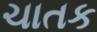
ચાતક